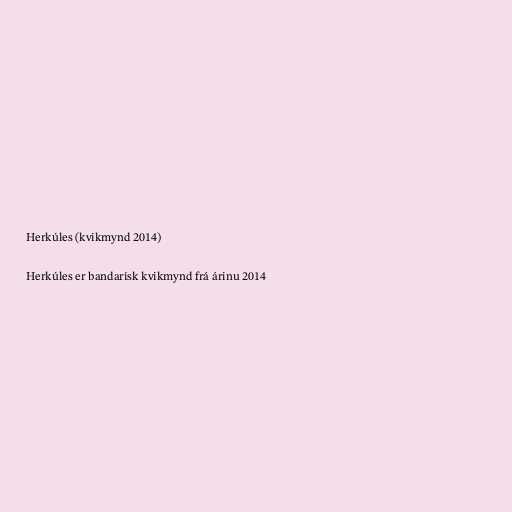
Herkúles (kvikmynd 2014)

Herkúles er bandarísk kvikmynd frá árinu 2014